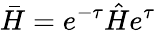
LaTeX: \bar{H}=e^{-\tau}\hat{H}e^{\tau}